画像に写った文字を読んでください
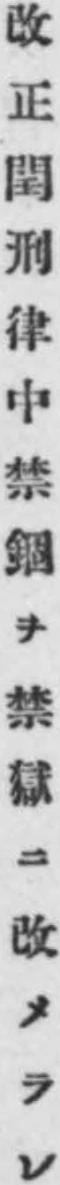
「改正𨳝刑律中禁鋼ヲ禁獄ニ改メラレ」と書いてあります